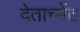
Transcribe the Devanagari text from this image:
देताच्मेंट